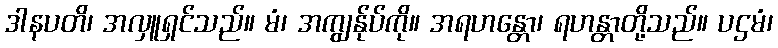
ဒါနပတိ၊ အလှူရှင်သည်။ မံ၊ အကျွန်ုပ်ကို။ အရဟန္တော၊ ရဟန္တာတို့သည်။ ပဌမံ၊